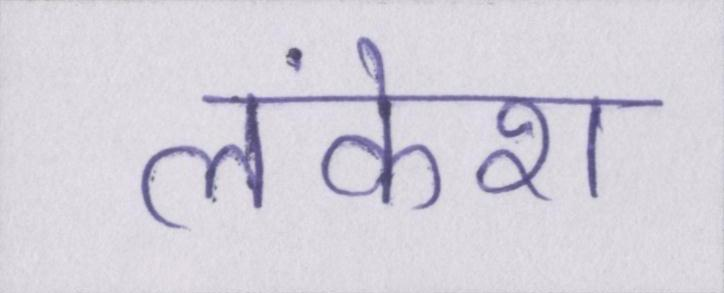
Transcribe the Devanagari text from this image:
लंकेश